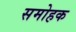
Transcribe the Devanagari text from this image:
समोहक